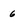
Character: 6